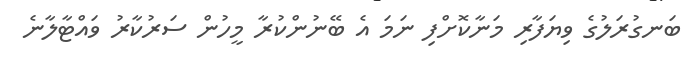
ބަނގުރަލުގެ ވިޔަފާރި މަނާކޮށްފި ނަމަ އެ ބޭނުންކުރާ މީހުން ސަރުކާރު ވައްޓާލާނެ